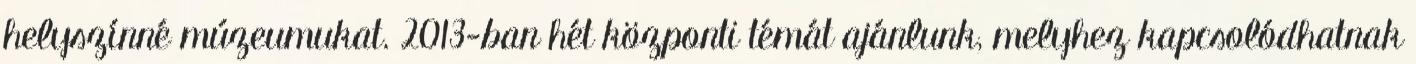
helyszínné múzeumukat. 2013-ban hét központi témát ajánlunk, melyhez kapcsolódhatnak